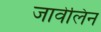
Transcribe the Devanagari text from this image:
जावेलिन